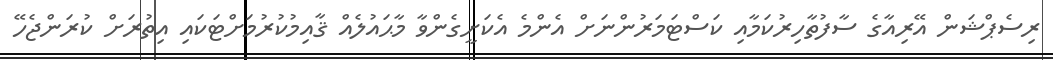
ރިސެޕްޝަން އޭރިއާގެ ސާފުތާހިރުކަމާއި ކަސްޓަމަރުންނަށް އެންމެ އެކަށީގެންވާ މާޙައުލެއް ޤާއިމުކުރުމަށްޓަކައި އިތުރަށް ކުރަންޖެހޭ